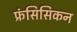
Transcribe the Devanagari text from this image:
फ्रंसिसिकन